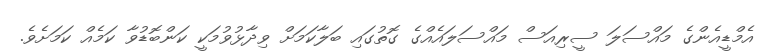
އެމްޑީއެންގެ މައްސަލަ ސީރިއަސް މައްސަލައެއްގެ ގޮތުގައި ބަލާކަމަށް ވިދާޅުވުމަކީ ކަންބޮޑުވާ ކަމެއް ކަމަށެވެ.